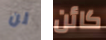
لن كائن